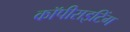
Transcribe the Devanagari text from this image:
कॉपीराइटिंग